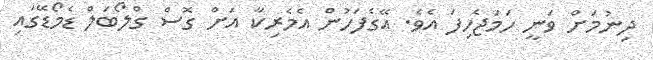
ދިނުމަށް ވަނީ ހަމަޖެހިފަ އެވެ. އޭގެފަހުން އެމެރިކާ އަށް ގޮސް ގްލޯބަލް ޑެމޯޑޭގައި